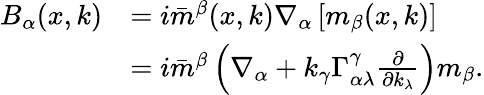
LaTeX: \begin{array}{rl}{B_{\alpha}(x,k)}&{=i\bar{m}^{\beta}(x,k)\nabla_{\alpha}\left[m_{\beta}(x,k)\right]}\\ &{=i\bar{m}^{\beta}\left(\nabla_{\alpha}+k_{\gamma}\Gamma_{\alpha\lambda}^{\gamma}\frac{\partial}{\partial k_{\lambda}}\right)m_{\beta}.}\end{array}